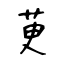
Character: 茰